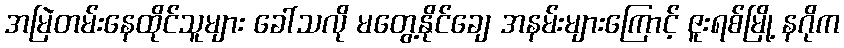
အမြဲတမ်းနေထိုင်သူများ ခေါ်သလို မတွေ့နိုင်ချေ အနမ်းများကြောင့် ဇူးရစ်မြို့ နဂိုက